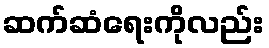
ဆက်ဆံရေးကိုလည်း